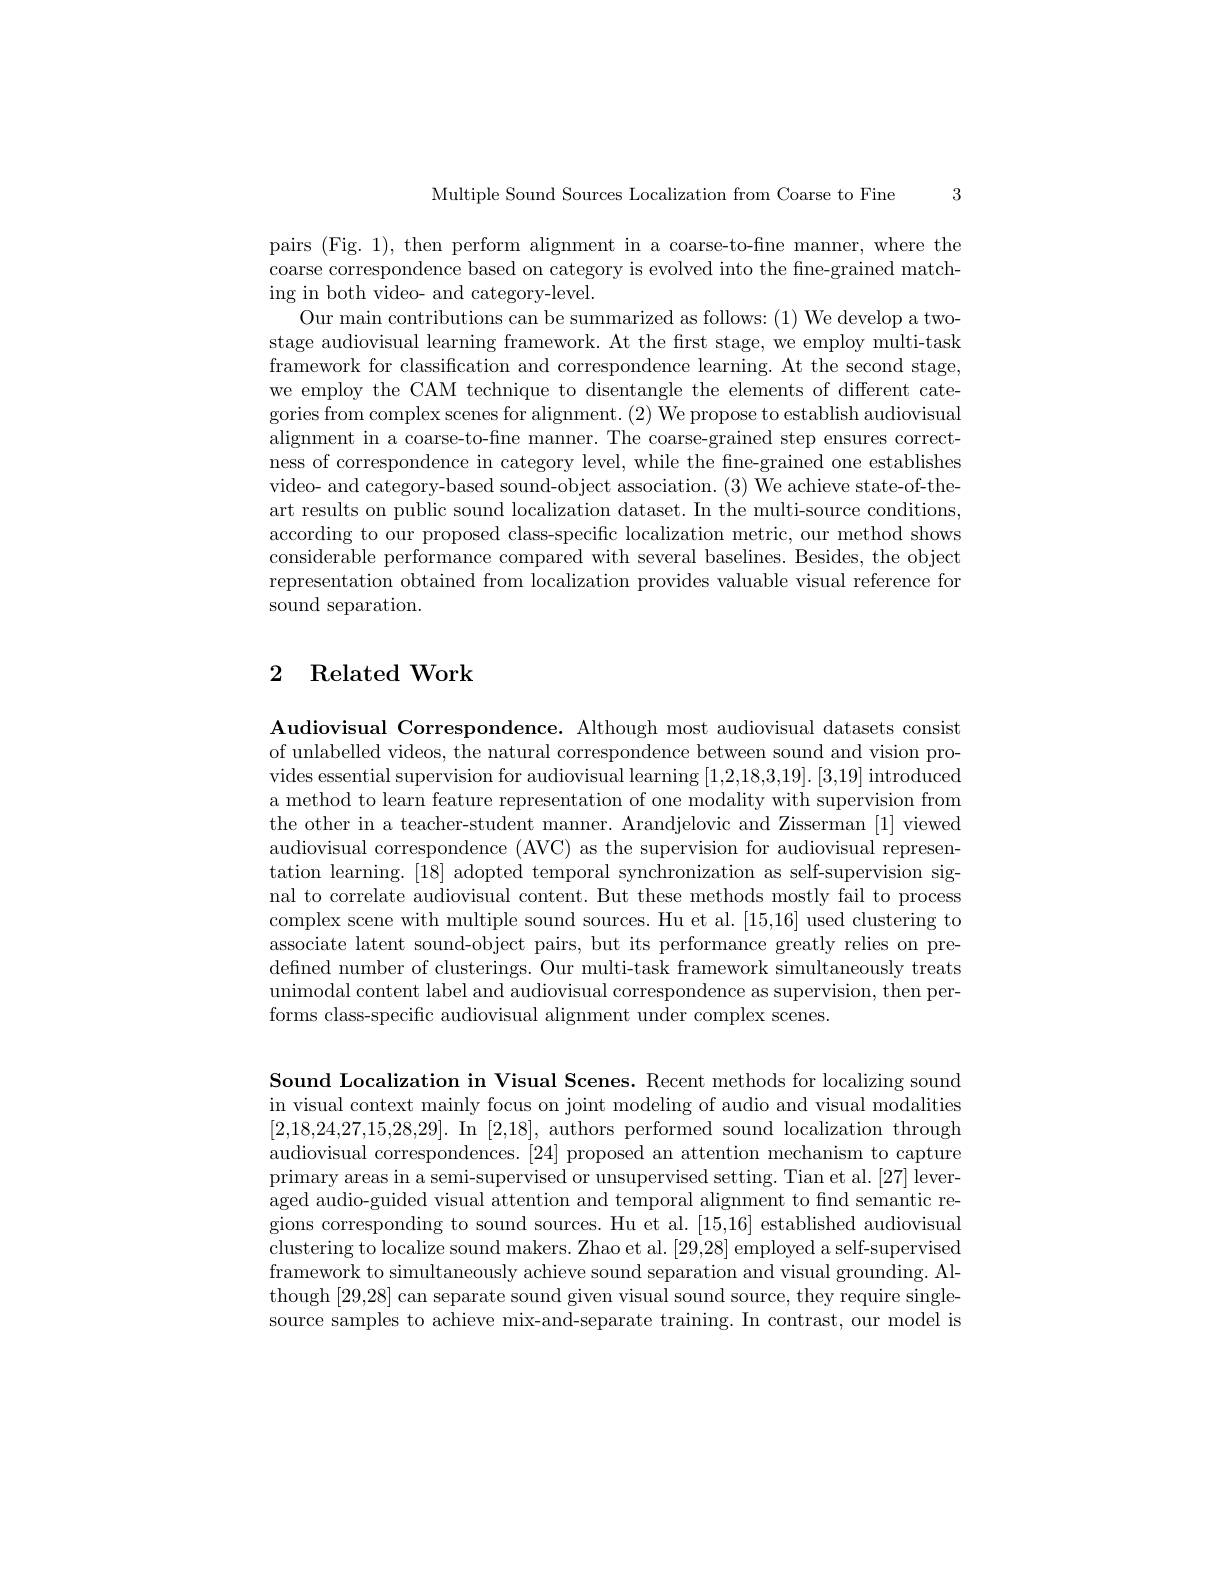
3

Multiple Sound Sources Localization from Coarse to Fine

pairs (Fig. 1), then perform alignment in a coarse-to-fine manner, where the coarse correspondence based on category is evolved into the fine-grained matching in both video- and category-level.
Our main contributions can be summarized as follows: (1) We develop a twostage audiovisual learning framework. At the frst stage, we employ multi-task $\bar{\text{framework for classification and correspondence learning. At the second stage,}}$ we employ the CAM technique to disentangle the elements of different categories from complex scenes for alignment. (2) We propose to establish audiovisual alignment in a coarse-to-fne manner. The coarse-grained step ensures correctness of correspondence in category level, while the fne-grained one establishes video- and category-based sound-object association. (3) We achieve state-of-theart results on public sound localization dataset. In the multi-source conditions, according to our proposed class-specific localization metric, our method shows considerable performance compared with several baselines. Besides, the object representation obtained from localization provides valuable visual reference for sound separation.

## 2 Related Work

Audiovisual Correspondence. Although most audiovisual datasets consist of unlabelled videos, the natural correspondence between sound and vision provides essential supervision for audiovisual learning [1,2,18,3,19].[3,19] introduced a method to learn feature representation of one modality with supervision from the other in a teacher-student manner. Arandjelovic and Zisserman [1] viewed audiovisual correspondence (AVC) as the supervision for audiovisual representation learning. [18] adopted temporal synchronization as self-supervision signal to correlate audiovisual content. But these methods mostly fail to process complex scene with multiple sound sources. Hu et al. [15,16] used clustering to associate latent sound-object pairs, but its performance greatly relies on predefined number of clusterings. Our multi-task framework simultaneously treats unimodal content label and audiovisual correspondence as supervision, then performs class-specific audiovisual alignment under complex scenes.

Sound Localization in Visual Scenes. Recent methods for localizing sound in visual context mainly focus on joint modeling of audio and visual modalities [2,18,24,27,15,28,29]. In [2,18], authors performed sound localization through audiovisual correspondences. [24] proposed an attention mechanism to capture primary areas in a semi-supervised or unsupervised setting. Tian et al. [27] leveraged audio-guided visual attention and temporal alignment to find semantic regions corresponding to sound sources. Hu et al. [15,16] established audiovisual clustering to localize sound makers. Zhao et al. [29,28] employed a self-supervised framework to simultaneously achieve sound separation and visual grounding. Although [29,28] can separate sound given visual sound source, they require singlesource samples to achieve mix-and-separate training. In contrast, our model is